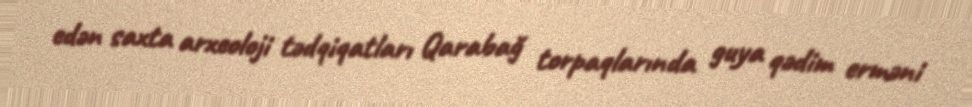
edən saxta arxeoloji tədqiqatları Qarabağ torpaqlarında guya qədim erməni